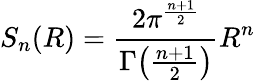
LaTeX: S_{n}(R)={\frac{2\pi^{\frac{n+1}{2}}}{\Gamma{\big(}{\frac{n+1}{2}}{\big)}}}R^{n}